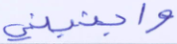
واجنبني